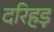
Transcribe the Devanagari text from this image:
दरिहड़